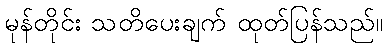
မုန်တိုင်း သတိပေးချက် ထုတ်ပြန်သည်။